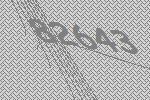
82643